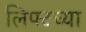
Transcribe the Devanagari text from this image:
लिफ्टच्या